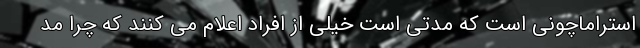
استراماچونی است که مدتی است خیلی از افراد اعلام می کنند که چرا مد